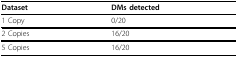
| Dataset | DMs detected |
 | --- | --- |
 | 1 Copy | 0/20 |
 | 2 Copies | 16/20 |
 | 5 Copies | 16/20 |